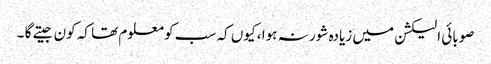
صوبائی الیکشن میں زیادہ شور نہ ہوا ، کیوں کہ سب کو معلوم تھا کہ کون جیتے گا ۔